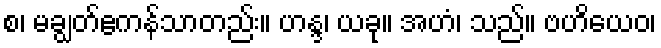
စ၊ မချွတ်ဧကန်သာတည်း။ ဟန္ဒ၊ ယခု။ အဟံ၊ သည်။ ဗဟိယေဝ၊